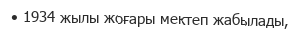
• 1934 жылы жоғары мектеп жабылады,